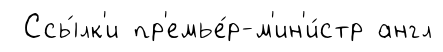
Ссы́лк'и пр'емье́р-м'ин'и́стр англ